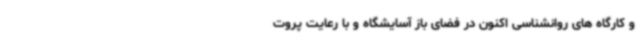
و کارگاه های روانشناسی اکنون در فضای باز آسایشگاه و با رعایت پروت